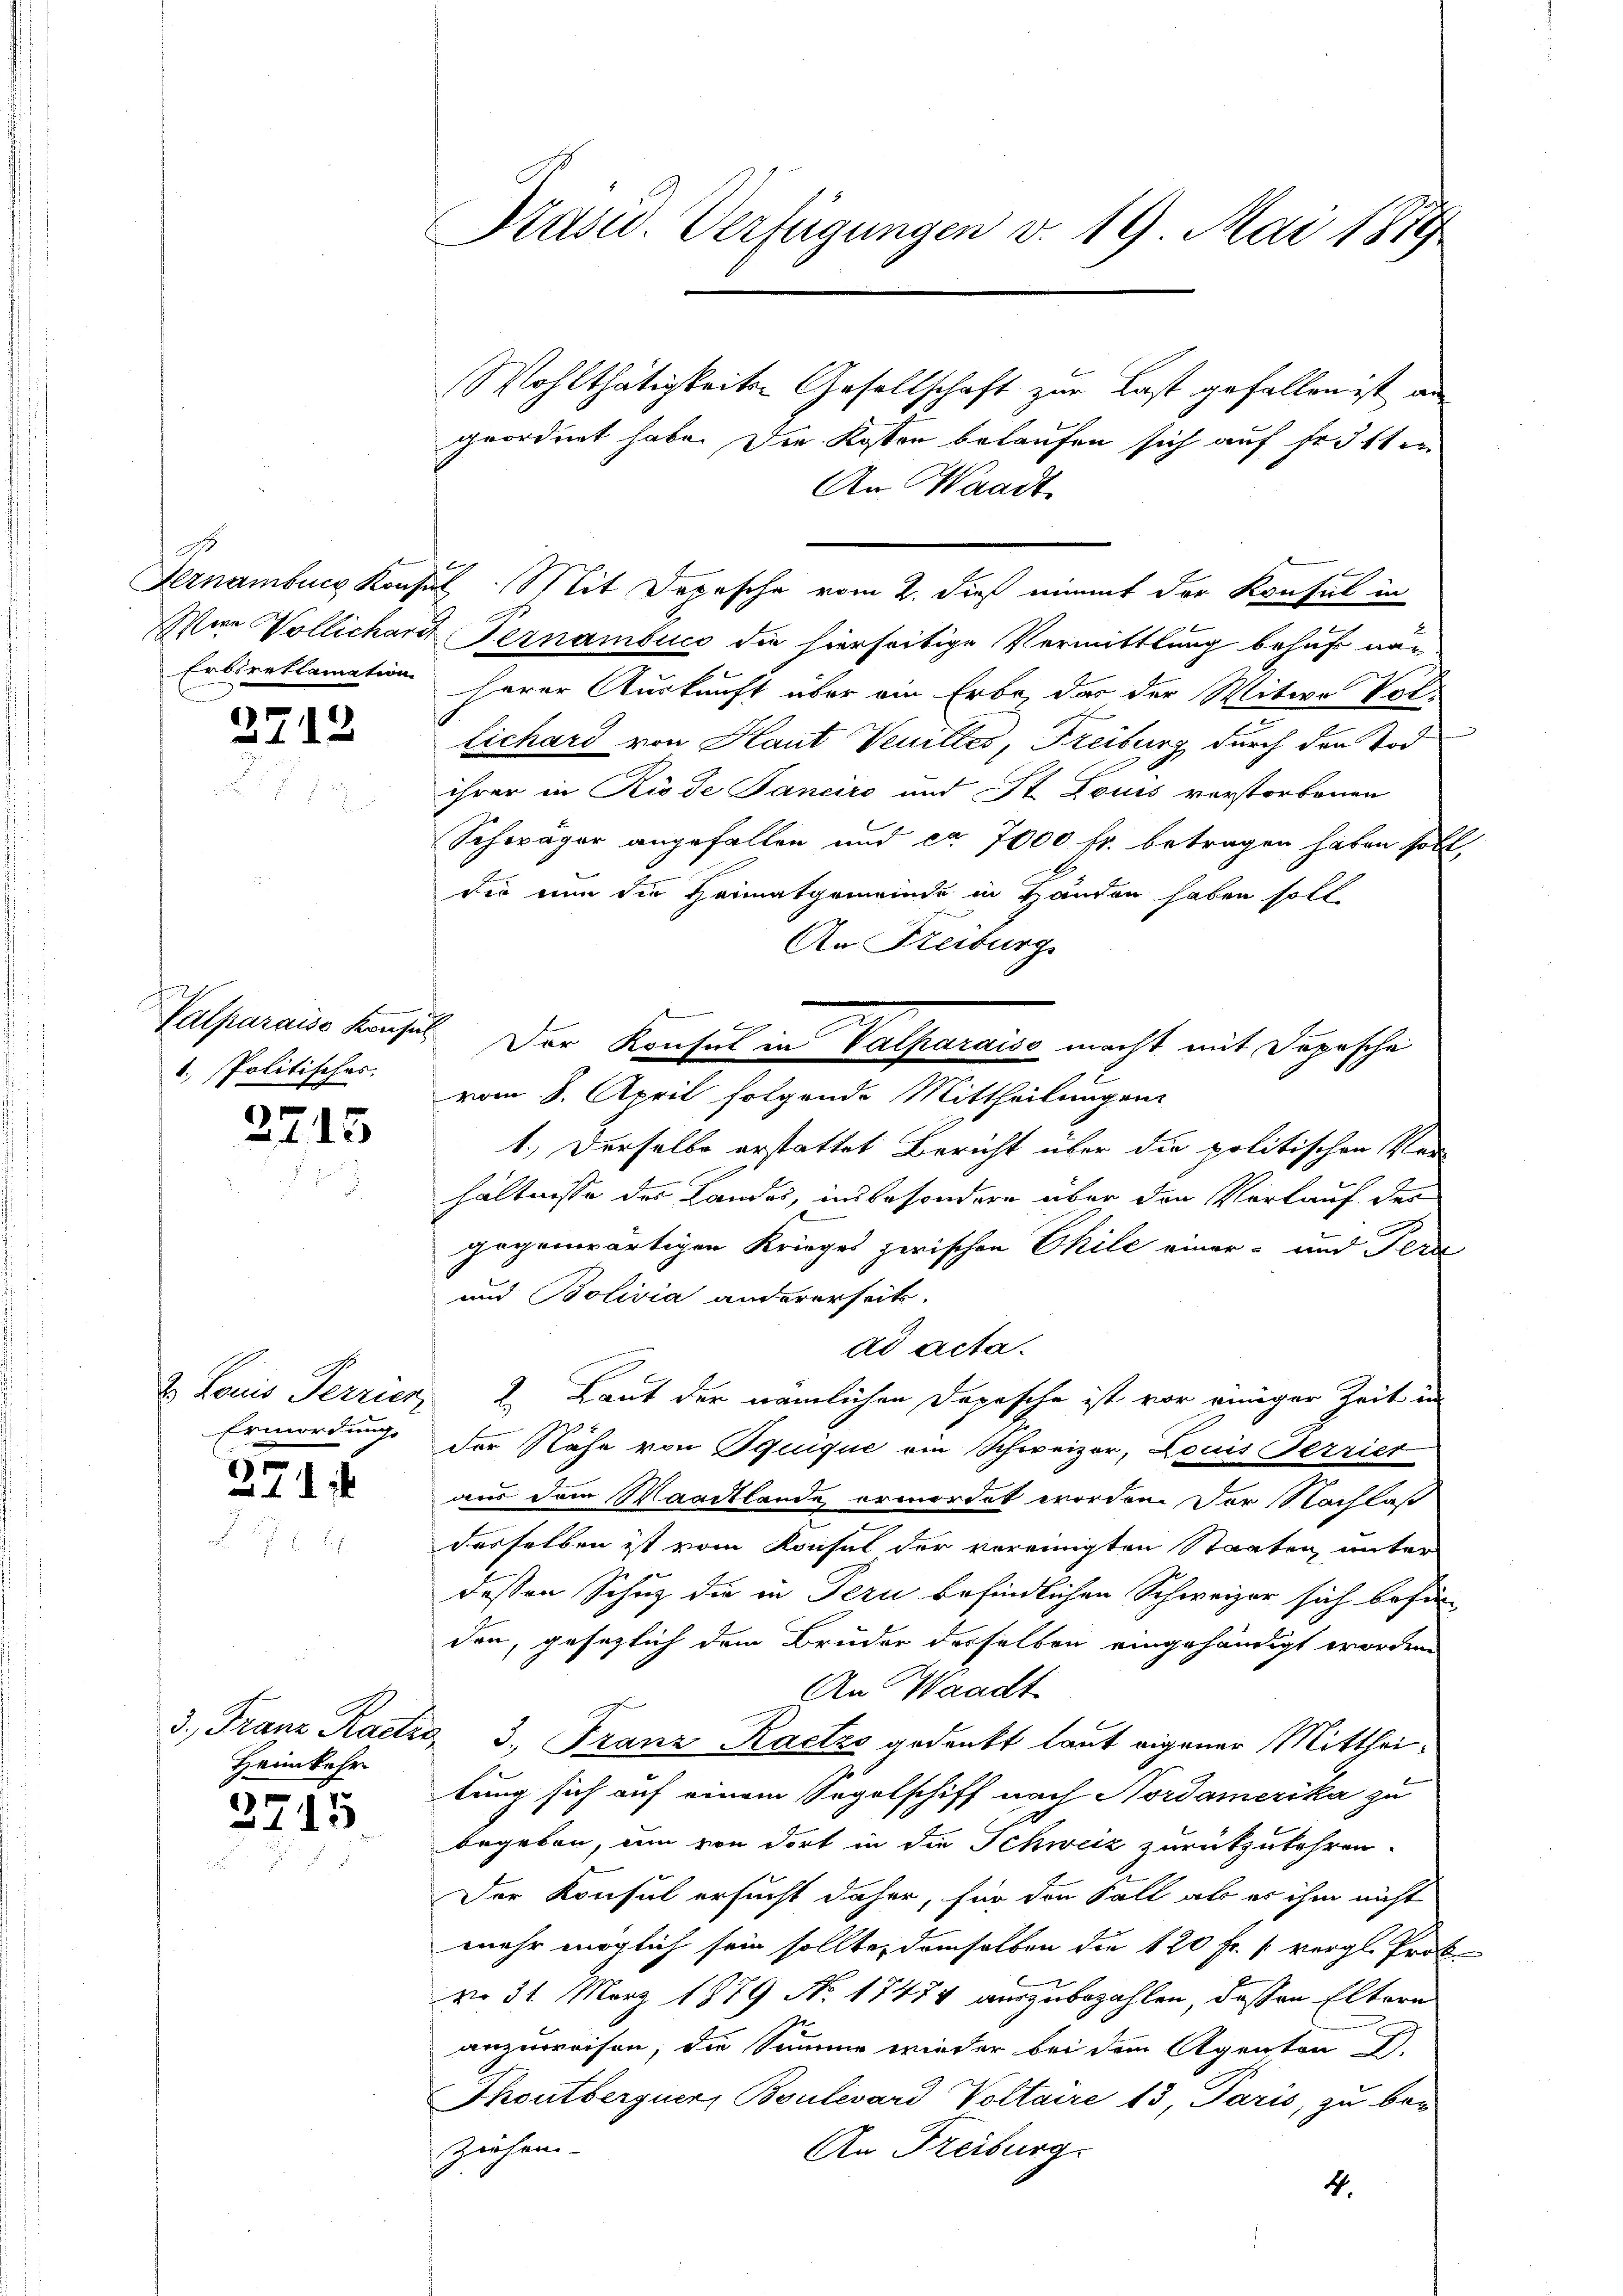
Were Vollichars,

2712

d
Valparaiso Konsul
1. Politisches.

2715

2. Louis Terrier
Ermordungs
5

1

3. Franz Ractio
Heimkehr

3715

Präsid. Verfügungen v. 19 Mai 1879

r

Wohlthätigkeiten Gesellschaft zur Last gefallen ist an
geordnet habe. Die Kosten belaufen sich auf fr. 31ten
An Waadt
Pernamburg Konsul Mit Depesche vom 2. dieß nimmt der Konsul in
Feznambuco die hierseitige Vermittlung behuf na¬
Erbireklamation herer Auskunft über ein Erbe, das der Mitwe Vol-
Lichard von Haut Venittes, Freiburg durch den Tod
ihrer in Riode Janeiro und St. Louis verstorbenen
Schwäger angefallen und ca 7000 fr. betragen haben soll,
die nun die Heimatgemeinde in Händen haben soll
An Reiburg
vom 8. April folgende Mittheilungen
1.) Derselbe erstattet Bericht über die politischen Ver-
hältnisse der Landes, insbesondere über den Vorlauf des
gegenwärtigen Krieges zwischen Eile einer- und Terr
und Bolivia andererseits.
ad acta.
2. Laut der nämlichen Depesche ist vor einiger Zeit in
der Nähe von Squique ein Schweizer, Louis Terrier
aus dem Waadtlande ermordet worden. Der Nachlaß
desselben ist vom Konsul der vereinigten Staaten, unter
dessen Schuz die in Tern befindlichen Schweizer sich befun
den, gesetzlich dem Brüder derselben eingehändigt worden
An Waadt
3. Franz Kaetzo gedenkt laut eigener Mittheitung sich auf einem Segelschiff nach Nordamerika zu
begeben, um von dort in die Schweiz zurückzukehren.
Der Konsul ersucht daher, für den Fall als es ihm nicht
mehr möglich sein sollte, demselben die 120 fr. s. vergl. Prok
vo 31. März 1879 No 17474 auszubezahlen, dassen Eltern
anzuweisen, die Summe wieder bei dem Agenten I.
Thoutberguer, Boulevard Voltaire 13, Paris, zu ber
Ziehen-
An Freiburg.
4.

Der Konsul in Valparaiso macht mit Depesche